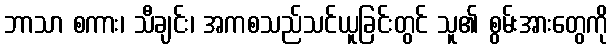
ဘာသာ စကား၊ သီချင်း၊ အကစသည်သင်ယူခြင်းတွင် သူ၏ စွမ်းအားတွေကို